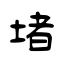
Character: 堵